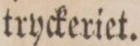
tryckeriet.